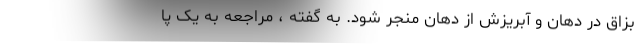
بزاق در دهان و آبریزش از دهان منجر شود. به گفته ، مراجعه به یک پا